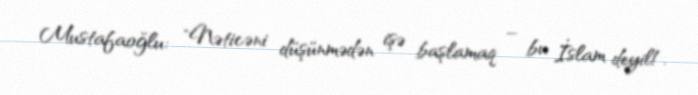
Mustafaoğlu: "Nəticəni düşünmədən işə başlamaq – bu İslam deyil!.